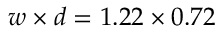
w \times { } d = 1 . 2 2 \times { } 0 . 7 2